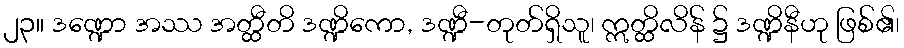
၂၃။ ဒဏ္ဍော အဿ အတ္ထီတိ ဒဏ္ဍိကော, ဒဏ္ဍီ-တုတ်ရှိသူ၊ ဣတ္ထိလိန် ၌ ဒဏ္ဍိနီဟု ဖြစ်၏၊